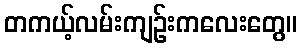
တကယ့်လမ်းကျဉ်းကလေးတွေ။